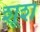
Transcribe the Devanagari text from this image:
शूश